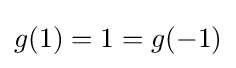
g(1)=1=g(-1)